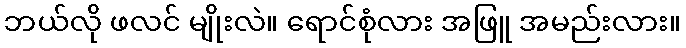
ဘယ်လို ဖလင် မျိုးလဲ။ ရောင်စုံလား အဖြူ အမည်းလား။